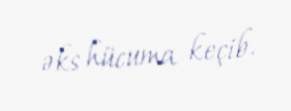
əks hücuma keçib.